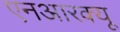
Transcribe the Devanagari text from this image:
एनआरक्यू